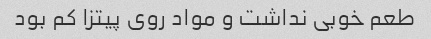
طعم خوبی نداشت و مواد روی پیتزا کم بود